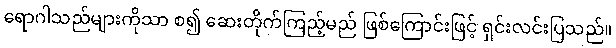
ရောဂါသည်များကိုသာ စ၍ ဆေးတိုက်ကြည့်မည် ဖြစ်ကြောင်းဖြင့် ရှင်းလင်းပြသည်။